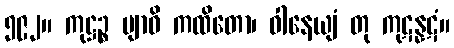
၅၉၂။ ကုဋ္ဌဉ္စ ဗျာဓိ ကထိတော၊ ဝါနေယျံ တု ကုဋန္နဋံ။